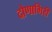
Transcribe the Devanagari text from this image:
दोणागिरी